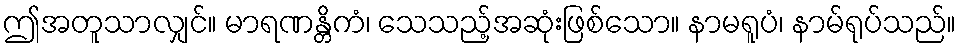
ဤအတူသာလျှင်။ မာရဏန္တိကံ၊ သေသည့်အဆုံးဖြစ်သော။ နာမရူပံ၊ နာမ်ရုပ်သည်။